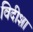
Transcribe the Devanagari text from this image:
विदीशा